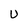
Character: U